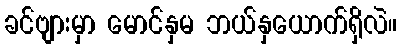
ခင်ဗျားမှာ မောင်နှမ ဘယ်နှယောက်ရှိလဲ။